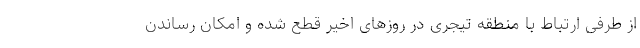
از طرفی ارتباط با منطقه تیجری در روزهای اخیر قطع شده و امکان رساندن